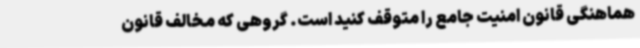
هماهنگی قانون امنیت جامع را متوقف کنید است. گروهی که مخالف قانون